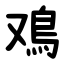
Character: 鳮